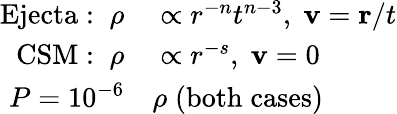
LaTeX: \begin{array}{rl}{\mathrm{Ejecta:}\; \; \rho}&{{}\propto r^{-n}t^{n-3},\; \mathbf{v}=\mathbf{r}/t}\\ {\mathrm{CSM:}\; \; \rho}&{{}\propto r^{-s},\; \mathbf{v}=0}\\ {P=10^{-6}}&{{}\rho\; \mathrm{(both\; cases)}}\end{array}